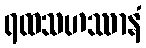
ရထသဟဿာနံ